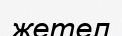
жетел